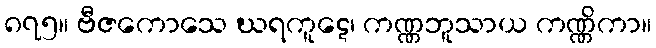
၈၇၅။ ဗီဇကောသေ ဃရကူဋေ၊ ကဏ္ဏဘူသာယ ကဏ္ဏိကာ။